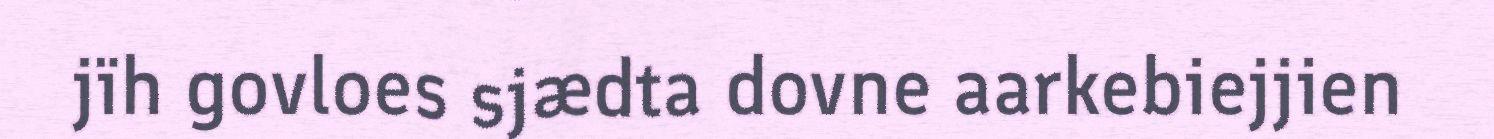
jïh govloes sjædta dovne aarkebiejjien